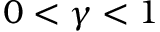
0 < \gamma < 1